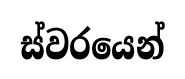
ස්වරයෙන්